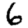
Digit: 6